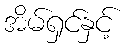
အိမ်ရှင်နှင့်